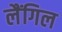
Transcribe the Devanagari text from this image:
लैंगिल